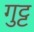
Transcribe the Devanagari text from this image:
गुट्ट